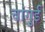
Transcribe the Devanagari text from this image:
चांगुई